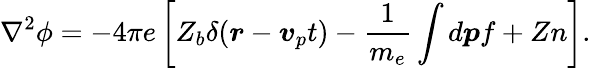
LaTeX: \nabla^{2}\phi=-4\pi e\left[Z_{b}\delta(\boldsymbol{r}-\boldsymbol{v}_{p}t)-\frac{1}{m_{e}}\int d\boldsymbol{p}f+Zn\right].